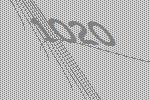
1020